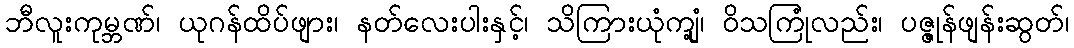
ဘီလူးကုမ္ဘဏ်၊ ယုဂန်ထိပ်ဖျား၊ နတ်လေးပါးနှင့်၊ သိကြားယုံကျုံ့၊ ဝိသကြုံလည်း၊ ပဇ္ဇုန်ဖျန်းဆွတ်၊